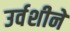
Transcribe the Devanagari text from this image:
उर्वशीने